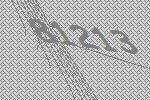
81213